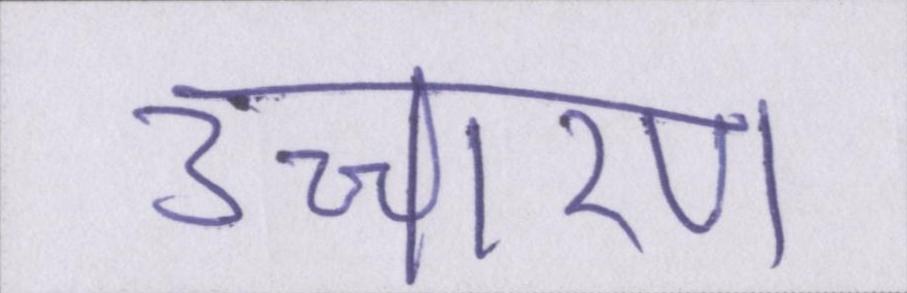
उच्चारण